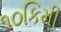
૧૦કિમી